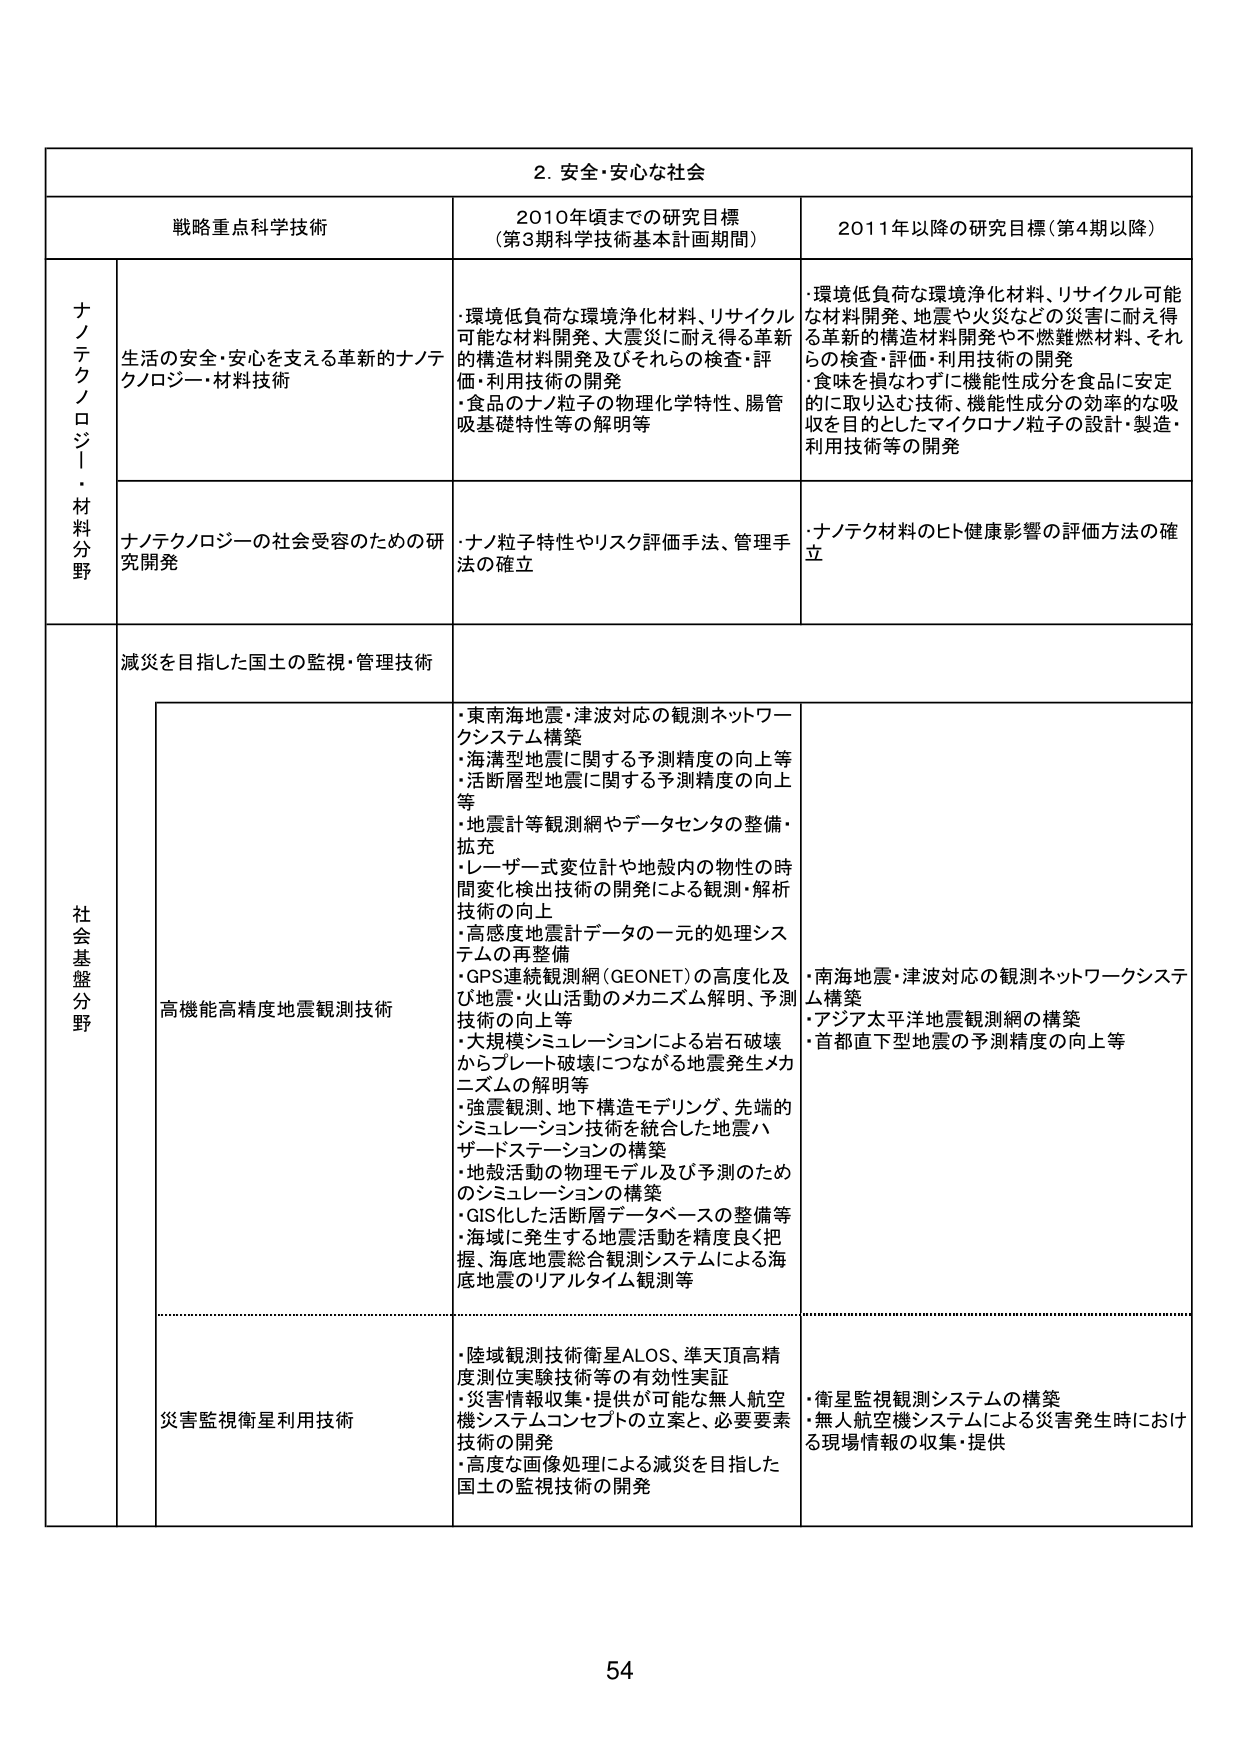
2. 安全・安心な社会

戦略重点科学技術 2010年頃までの研究目標 （第3期科学技術基本計画期間） 2011年以降の研究目標（第4期以降）

ナノテクノロジー・材料分野

生活の安全・安心を支える革新的ナノテクノロジー・材料技術
・環境低負荷な環境浄化材料、リサイクル可能な材料開発、大震災に耐え得る革新的構造材料開発及びそれらの検査・評価・利用技術の開発
・食品のナノ粒子の物理化学特性、腸管吸基礎特性等の解明等

・環境低負荷な環境浄化材料、リサイクル可能な材料開発、地震や火災などの災害に耐え得る革新的構造材料開発や不燃難燃材料、それらの検査・評価・利用技術の開発
・食味を損なわず、機能性成分を食品に安定的に取り込む技術、機能性成分の効率的な吸収を目的としたマイクロナノ粒子の設計・製造・利用技術等の開発

ナノテクノロジーの社会受容のための研究開発
・ナノ粒子特性やリスク評価手法、管理手法の確立

・ナノテク材料のヒト健康影響の評価方法の確立

社会基盤分野

減災を目指した国土の監視・管理技術

高機能高精度地震観測技術
・東南海地震・津波対応の観測ネットワークシステム構築
・海溝型地震に関する予測精度の向上等
・活断層型地震に関する予測精度の向上等
・地震計等観測網やデータセンタの整備・拡充
・レーザー式変位計や地殻内の物性の時間変化検出技術の開発による観測・解析技術の向上
・高感度地震計データの一元的処理システムの再整備
・GPS連続観測網（GEONET）の高度化及び地震・火山活動のメカニズム解明、予測技術の向上等
・大規模シミュレーションによる岩石破壊からプレート破壊につながる地震発生メカニズムの解明等
・強震観測、地下構造モデリング、先端的シミュレーション技術を統合した地震ハザードステーションの構築
・地殻活動の物理モデル及び予測のためのシミュレーションの構築
・GIS化した活断層データベースの整備等
・海域に発生する地震活動を精度良く把握、海底地震総合観測システムによる海底地震のリアルタイム観測等

・南海地震・津波対応の観測ネットワークシステム構築
・アジア太平洋地震観測網の構築
・首都直下型地震の予測精度の向上等

災害監視衛星利用技術
・陸域観測技術衛星ALOS、準天頂高精度測位実験技術等の有効性実証
・災害情報収集・提供が可能な無人航空機システムコンセプトの立案と、必要要素技術の開発
・高度な画像処理による減災を目指した国土の監視技術の開発

・衛星監視観測システムの構築
・無人航空機システムによる災害発生時における現場情報の収集・提供

54